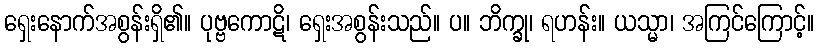
ရှေးနောက်အစွန်းရှိ၏။ ပုဗ္ဗကောဋိ၊ ရှေးအစွန်းသည်။ ပ။ ဘိက္ခု၊ ရဟန်း။ ယသ္မာ၊ အကြင်ကြောင့်။